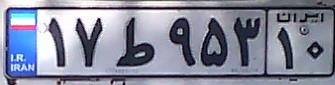
۱۷ط۹۵۳۱۰